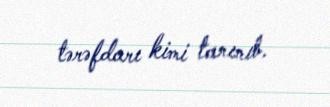
tərəfdarı kimi tanınıb.